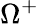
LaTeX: \Omega^{+}